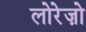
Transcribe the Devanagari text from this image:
लोरेज़ो